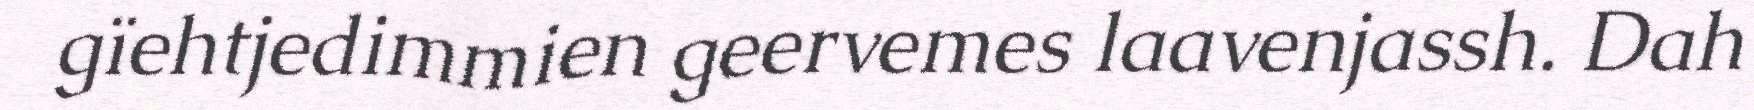
gïehtjedimmien geervemes laavenjassh. Dah